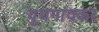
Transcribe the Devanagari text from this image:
दुधगांवकर